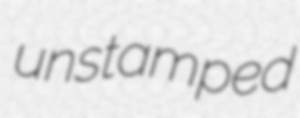
unstamped